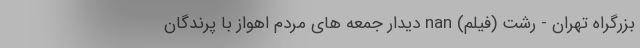
بزرگراه تهران - رشت (فیلم) nan دیدار جمعه های مردم اهواز با پرندگان